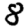
Digit: 8